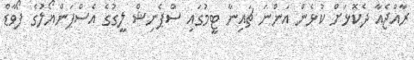
ރާއްޖެއާ ދެކޮޅަށް ކުޅެން އަންނަ ޗައިނާ ޓީމުގައި ސްޕެނިޝް ލީގުގެ އެސްޕަންޔޯލުގެ ފޯވާޑް